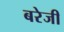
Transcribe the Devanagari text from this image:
बरेजी